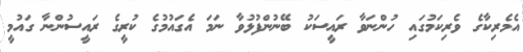
އެމެރިކާގެ ވެރިކަމުގައި ހުންނަވާ ރައީސަކު ބޭނުންފުޅުވާ ނަމަ އެގައުމުގެ ކުރީގެ ރައީސުންނާ ގައުމީ